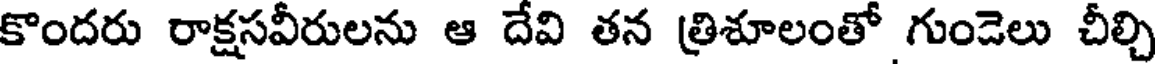
కొందరు రాక్షసవీరులను ఆ దేవి తన త్రిశూలంతో గుండెలు చీల్చి